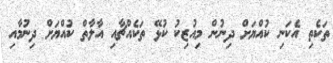
ތަކެތި އެކަނި ކުއްޔަށް ދިނުން މިއުޒިކު ކުޅޭ ތަކެއްޗާއި އާލާތް ކުއްޔަށް ދިނުމާއި